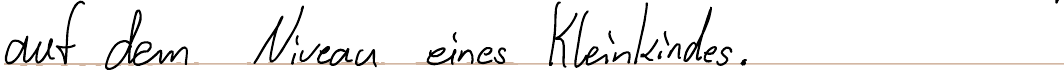
auf dem Niveau eines Kleinkindes.